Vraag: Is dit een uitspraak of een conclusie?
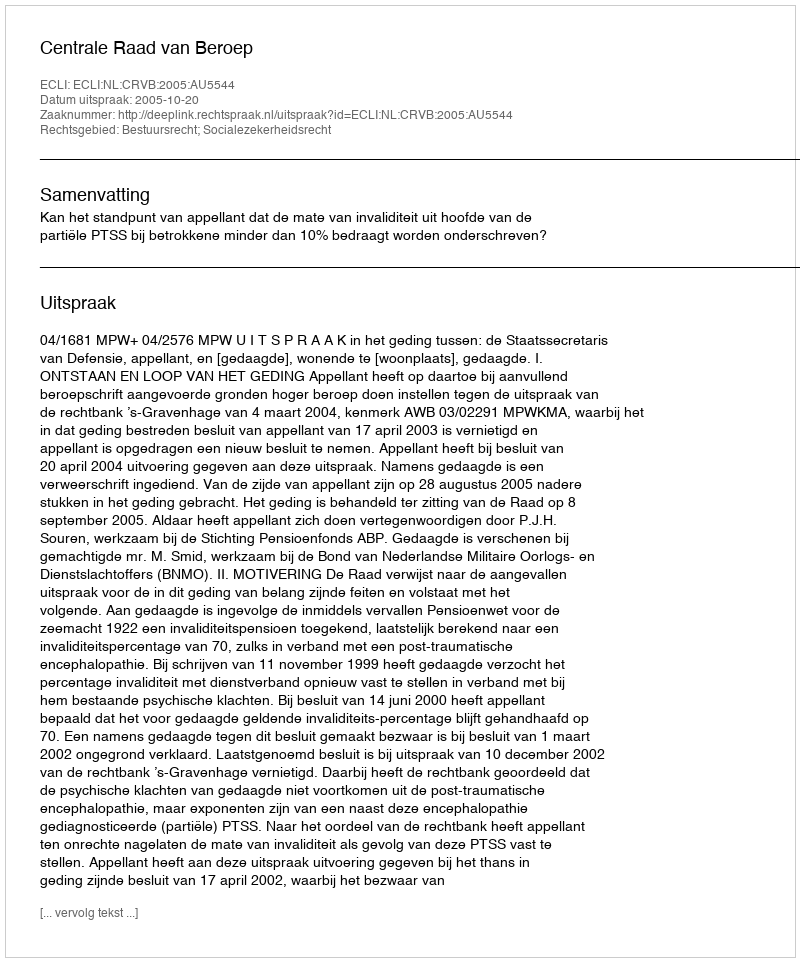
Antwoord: Uitspraak